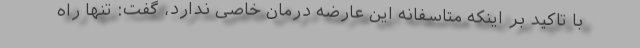
با تاکید بر اینکه متاسفانه این عارضه درمان خاصی ندارد، گفت: تنها راه